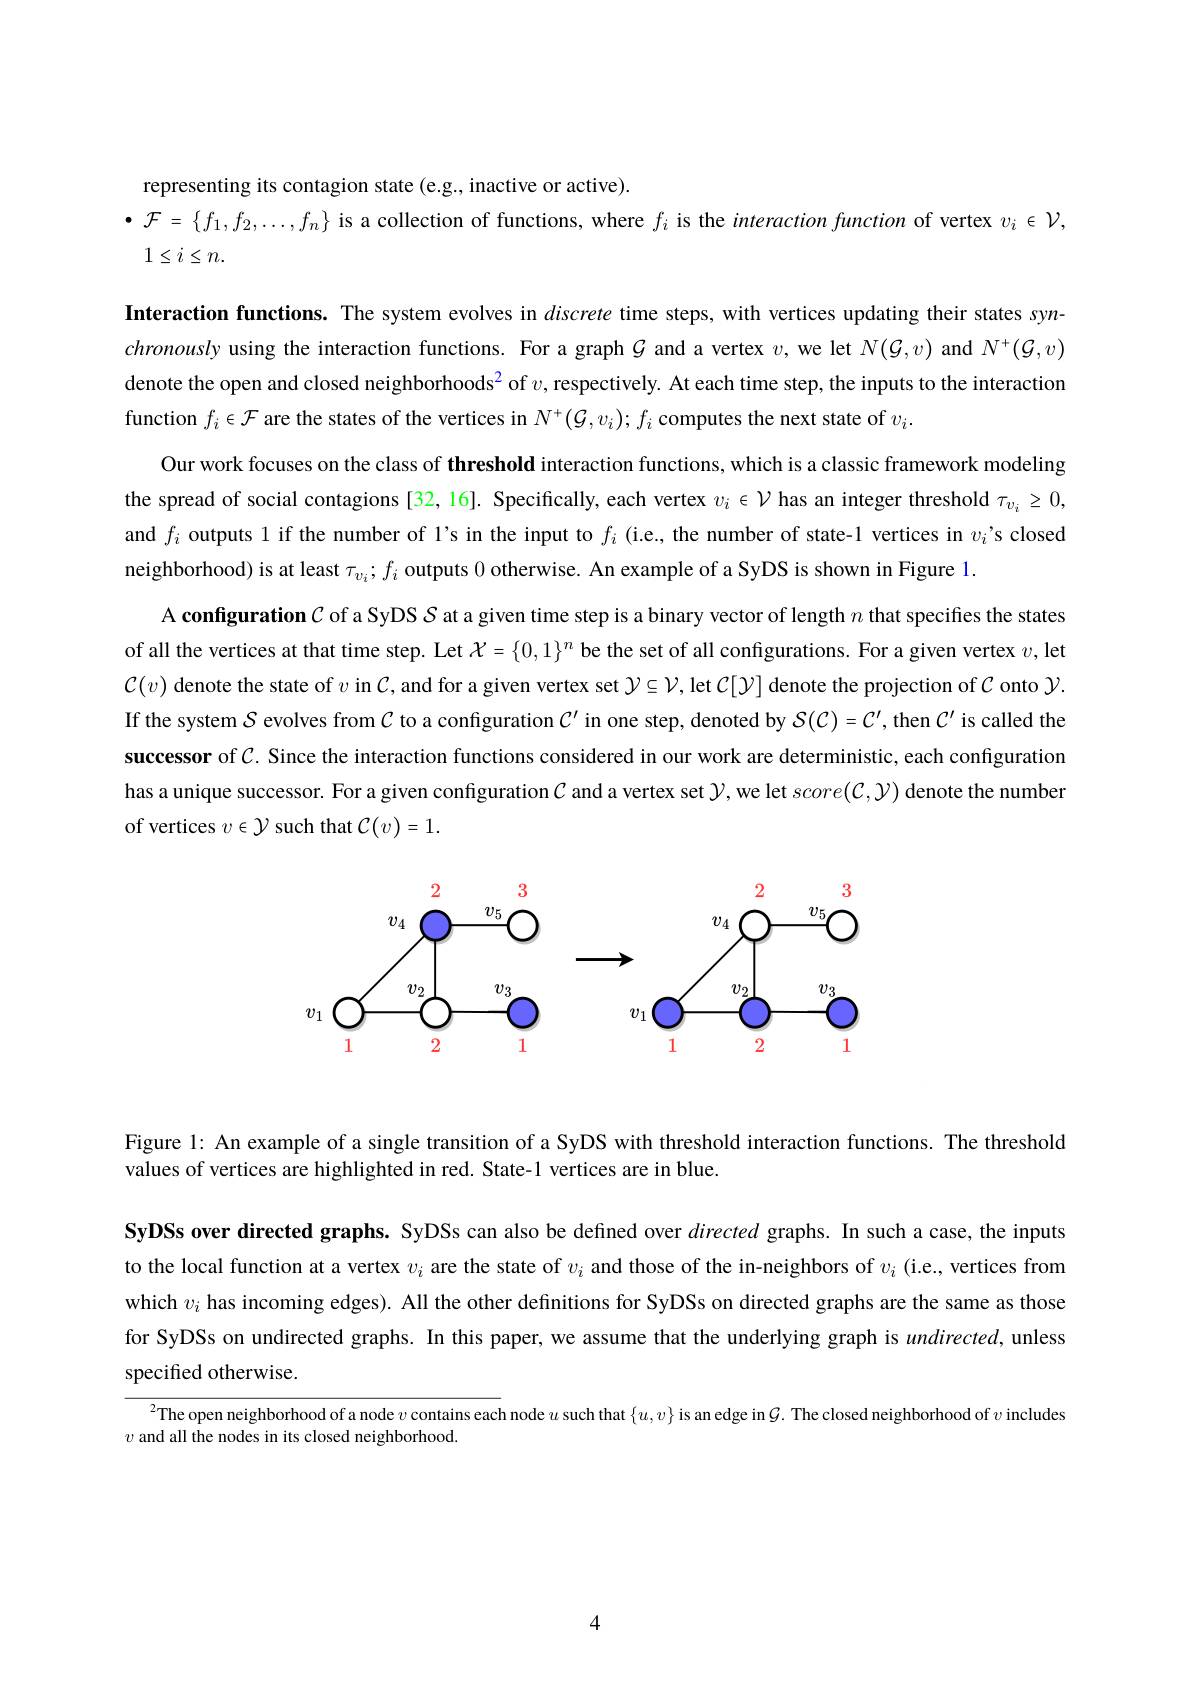
representing its contagion state (e.g., inactive or active).
$\bullet\mathcal{F}=\{f_1,f_2,\ldots,f_n\}$ is a collection of functions, where $f_i$ is the interaction function of vertex $v_i\in\mathcal{V}$,

$1\leq i\leq n.$

Interaction functions. The system evolves in discrete time steps, with vertices updating their states synchronously using the interaction functions. For a graph $G$ and a vertex $v$,we let $N(\mathcal{G},v)$ and $N^+(\mathcal{G},v)$ denote the open and closed neighborhoods$^2$ of $v$,respectively. At each time step, the inputs to the interaction function $f_i\in\mathcal{F}$ are the states of the vertices in $N^+(\mathcal{G},v_i);f_i$ computes the next state of $v_i.$
Our work focuses on the class of threshold interaction functions, which is a classic framework modeling the spread of social contagions [32, 16]. Specifically, each vertex $v_i\in\mathcal{V}$ has an integer threshold $\tau_{v_i}\geq0$, and $f_i$ outputs 1 if the number of l's in the input to $f_i$ (i.e., the number of state-1 vertices in $v_i’$s closed neighborhood) is at least $\tau_v_i,f_i$ outputs 0 otherwise. An example of a SyDS is shown in Figure 1
A configuration $\mathcal{C}$ of a SyDS $S$ at a given time step is a binary vector of length $n$ that speciffes the states of all the vertices at that time step. Let $\mathcal{X}=\{0,1\}^n$ be the set of all configurations. For a given vertex $v$, let $\mathcal{C}(v)$ denote the state of $v$ in $C$,and for a given vertex set $\mathcal{Y}\subseteq\mathcal{V}$, let $\mathcal{C}[\mathcal{Y}]$ denote the projection of $\mathcal{C}$ onto $\mathcal{Y}.$ If the system $S$ evolves from $\mathcal{C}$ to a configuration $\mathcal{C}^\prime$ in one step, denoted by $S(\mathcal{C})=\mathcal{C}^\prime$, then $\mathcal{C}^\prime$ is called the successor of $\mathcal{C}.$ Since the interaction functions considered in our work are deterministic, each configuratior has a unique successor. For a given configuration $\mathcal{C}$ and a vertex set $\mathcal{Y}$,we let $score(\mathcal{C},\mathcal{Y})$ denote the number of vertices $v\in\mathcal{Y}$ such that $\mathcal{C}(v)=1.$

<FigureHere>

Figure l: An example of a single transition of a SyDS with threshold interaction functions. The threshold
values of vertices are highlighted in red. State-1 vertices are in blue.

SyDSs over directed graphs. SyDSs can also be defined over directed graphs. In such a case, the inputs to the local function at a vertex $v_i$ are the state of $v_i$ and those of the in-neighbors of $v_i$ (i.e., vertices from which $v_i$ has incoming edges). All the other definitions for SyDSs on directed graphs are the same as those for SyDSs on undirected graphs. In this paper, we assume that the underlying graph is $undirected$, unless

specified otherwise.

$^{2}$The open neighborhood of a node $v$ contains each node $u$ such that $\{u,v\}$ is an edge in $\mathcal{G}.$ The closed neighborhood of $v$ includes
$v$ and all the nodes in its closed neighborhood.